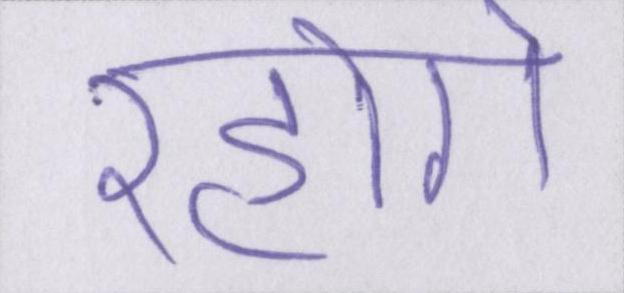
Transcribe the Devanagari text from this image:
रहोगे